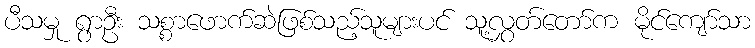
ပီသမှု ရွာဦး သစ္စာဖောက်ဆဲဖြစ်သည့်သူများပင် သူ့လွှတ်တော်က မိုင်ကျော်သာ